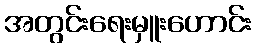
အတွင်းရေးမှူးဟောင်း